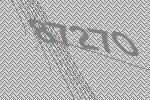
87270